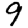
Digit: 9